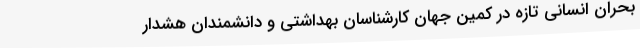
بحران انسانی تازه در کمین جهان کارشناسان بهداشتی و دانشمندان هشدار